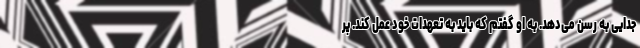
جدایی به رسن می‌دهد. به او گفتم که باید به تعهدات خود عمل کند. پر